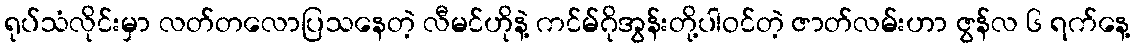
ရုပ်သံလိုင်းမှာ လတ်တလောပြသနေတဲ့ လီမင်ဟိုနဲ့ ကင်မ်ဂိုအွန်းတို့ပါဝင်တဲ့ ဇာတ်လမ်းဟာ ဇွန်လ ၆ ရက်နေ့